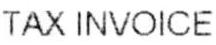
TAX INVOICE